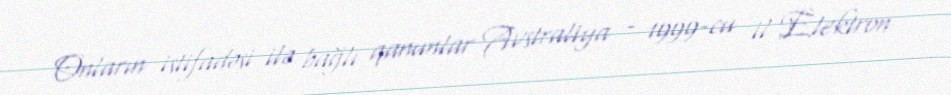
Onların istifadəsi ilə bağlı qanunlar Avstraliya - 1999-cu il Elektron